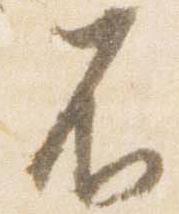
不